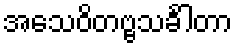
အသေဝိတဗ္ဗသင်္ခါတာ